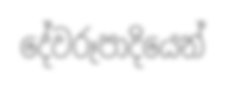
දේවරූපාදියෙන්